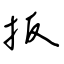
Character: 扳